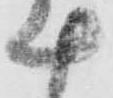
十